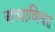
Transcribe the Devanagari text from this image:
अव्याव्स्थित